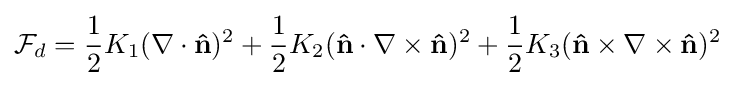
{\mathcal {F}}_{d}={\frac {1}{2}}K_{1}(\nabla \cdot \mathbf {\hat {n}} )^{2}+{\frac {1}{2}}K_{2}(\mathbf {\hat {n}} \cdot \nabla \times \mathbf {\hat {n}} )^{2}+{\frac {1}{2}}K_{3}(\mathbf {\hat {n}} \times \nabla \times \mathbf {\hat {n}} )^{2}